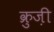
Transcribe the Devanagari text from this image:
क्रुज़ी